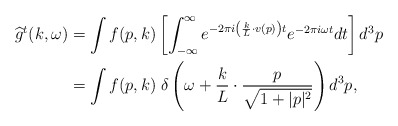
\begin{align*}\widehat{g}^{t}(k,\omega) &= \int f(p,k) \left[\int_{-\infty}^{\infty} e^{-2\pi i \left(\frac{k}{L} \cdot v(p)\right)t} e^{-2 \pi i \omega t}dt\right]d^3p\\&=\int f(p,k) \; \delta\left(\omega + \frac{k}{L} \cdot \frac{p}{\sqrt{1+\lvert p \rvert^2}}\right)d^3p,\end{align*}